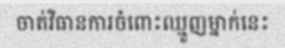
ចាត់វិធានការចំពោះឈ្មួញម្នាក់នេះ